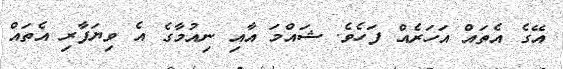
އޭގެ އެތައް އަހަރެއް ފަހެވެ. ޝައްމަ އާއި ނިއުމާގެ އެ ވިޔަފާރި އެތައް